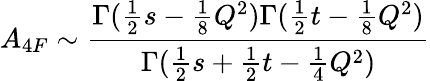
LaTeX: A_{4F}\sim\frac{\Gamma(\frac{1}{2}s-\frac{1}{8}Q^{2})\Gamma(\frac{1}{2}t-\frac{1}{8}Q^{2})}{\Gamma(\frac{1}{2}s+\frac{1}{2}t-\frac{1}{4}Q^{2})}